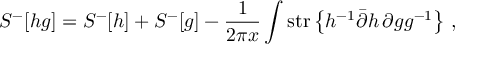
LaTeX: { \cal S } ^ { - } [ h g ] = { \cal S } ^ { - } [ h ] + { \cal S } ^ { - } [ g ] - \frac { 1 } { 2 \pi x } \int \mathrm { s t r } \left\{ h ^ { - 1 } \bar { \partial } h \, \partial g g ^ { - 1 } \right\} \, ,